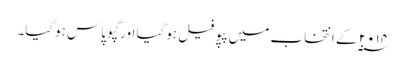
۲۰۱۴ ؁ کے انتخاب میں پپو فیل ہوگیا اور گپو پاس ہوگیا۔